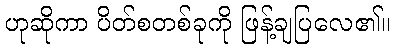
ဟုဆိုကာ ပိတ်စတစ်ခုကို ဖြန့်ချပြလေ၏။